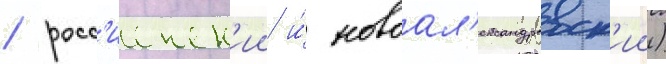
/ росс'иенск'ии и́ новоал'ександровск'ии)